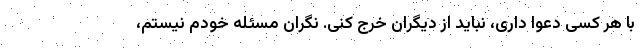
با هر کسی دعوا داری، نباید از دیگران خرج کنی. نگران مسئله خودم نیستم،